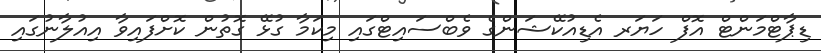
ޑިޕާޓްމަންޓް އޮފް ހަޔަރ އެޑިއުކޭޝަންގެ ވެބްސައިޓްގައި މިކަމާ ގުޅޭ ގޮތުން ކޮށްފައިވާ އިއުލާނުގައި